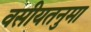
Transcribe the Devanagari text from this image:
वसीयतनुमा